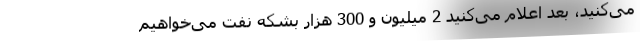
می‌کنید، بعد اعلام می‌کنید 2 میلیون و 300 هزار بشکه نفت می‌خواهیم